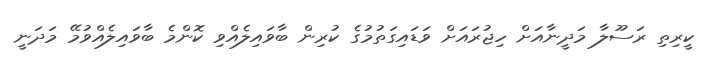
ކީރިތި ރަސޫލާ މަދީނާއަށް ހިޖުރައަށް ވަޑައިގަތުމުގެ ކުރިން ބާވައިލެއްވި ކޮންމެ ބާވައިލެއްވުމޭ މަދަނީ